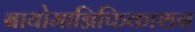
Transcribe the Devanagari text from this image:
बायोमाग्निफिकाशन